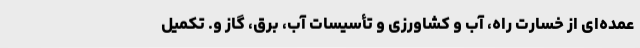
عمده‌ای از خسارت راه، آب و کشاورزی و تأسیسات آب، برق، گاز و. تکمیل